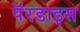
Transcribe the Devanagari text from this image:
पॅरडाइस